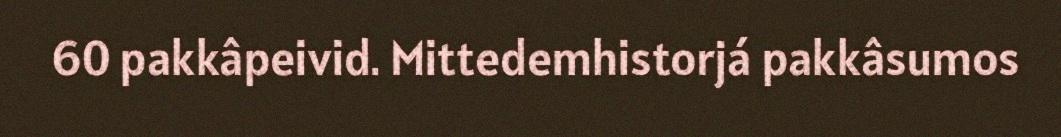
60 pakkâpeivid. Mittedemhistorjá pakkâsumos